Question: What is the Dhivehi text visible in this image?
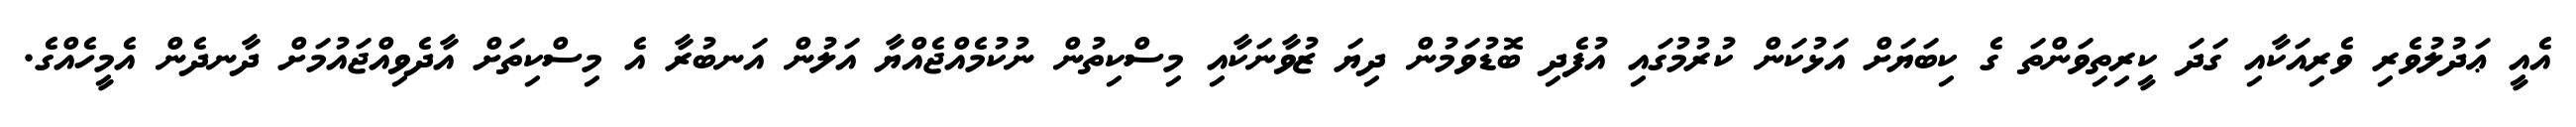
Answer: އެއީ ޢަދުލުވެރި ވެރިއަކާއި ގަދަ ކީރިތިވަންތަ ގެ ކިބަޔަށް އަޅުކަން ކުރުމުގައި އުފެދި ބޮޑުވަމުން ދިޔަ ޒުވާނަކާއި މިސްކިތުން ނުކުމެއްޖެއްޔާ އަލުން އަނބުރާ އެ މިސްކިތަށް އާދެވިއްޖައުމަށް ދާނދެން އެމީހެއްގެ.